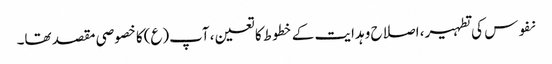
نفوس کی تطہیر، اصلاح و ہدایت کے خطوط کا تعین، آپ(ع)کا خصوصی مقصد تھا۔